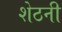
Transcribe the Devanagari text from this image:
शेठनी